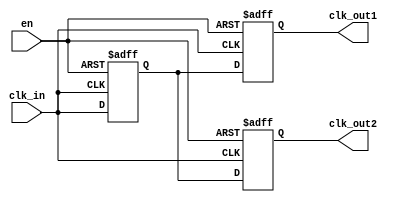
module basic_clock_buffer (
    input wire clk_in,      // Clock input
    input wire en,         // Enable signal
    output reg clk_out1,   // First clock output
    output reg clk_out2    // Second clock output (can be expanded for more)
);

// Internal signal to hold the buffered clock
reg clk_buffer;

// Clock buffer logic
always @(posedge clk_in or negedge en) begin
    if (!en) begin
        // If enable is low, hold outputs low
        clk_buffer <= 1'b0;
        clk_out1 <= 1'b0;
        clk_out2 <= 1'b0;
    end else begin
        // Buffer the input clock when enabled
        clk_buffer <= clk_in;
        clk_out1 <= clk_buffer;
        clk_out2 <= clk_buffer; // Replicate for additional outputs
    end
end

endmodule